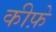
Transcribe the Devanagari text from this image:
कीफ़े